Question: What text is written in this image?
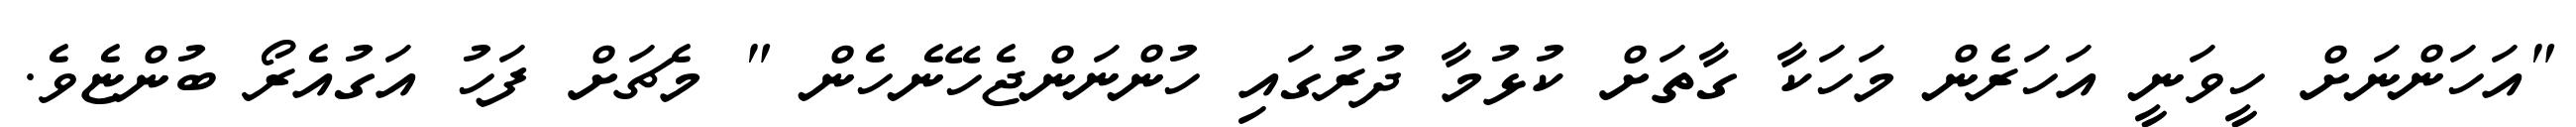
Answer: "އަހަންނަށް ހީވަނީ އަހަރެން މަހަކާ ގާތަށް ކުޅުމާ ދުރުގައި ހުންނަންޖެހޭނެހެން " މެޗަށް ފަހު އަގުއެރޯ ބުންޏެވެ.